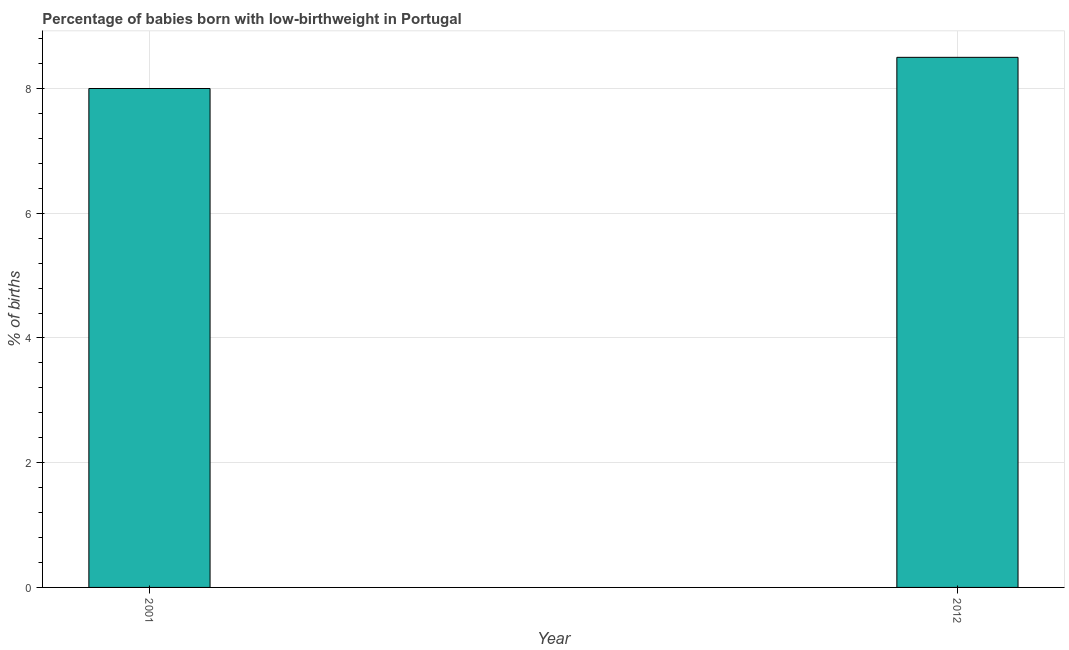
| Year | Low-birthweight babies |
 | --- | --- |
 | 2001 | 8 |
 | 2012 | 8.5 |